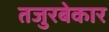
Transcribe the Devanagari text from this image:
तजुरबेकार